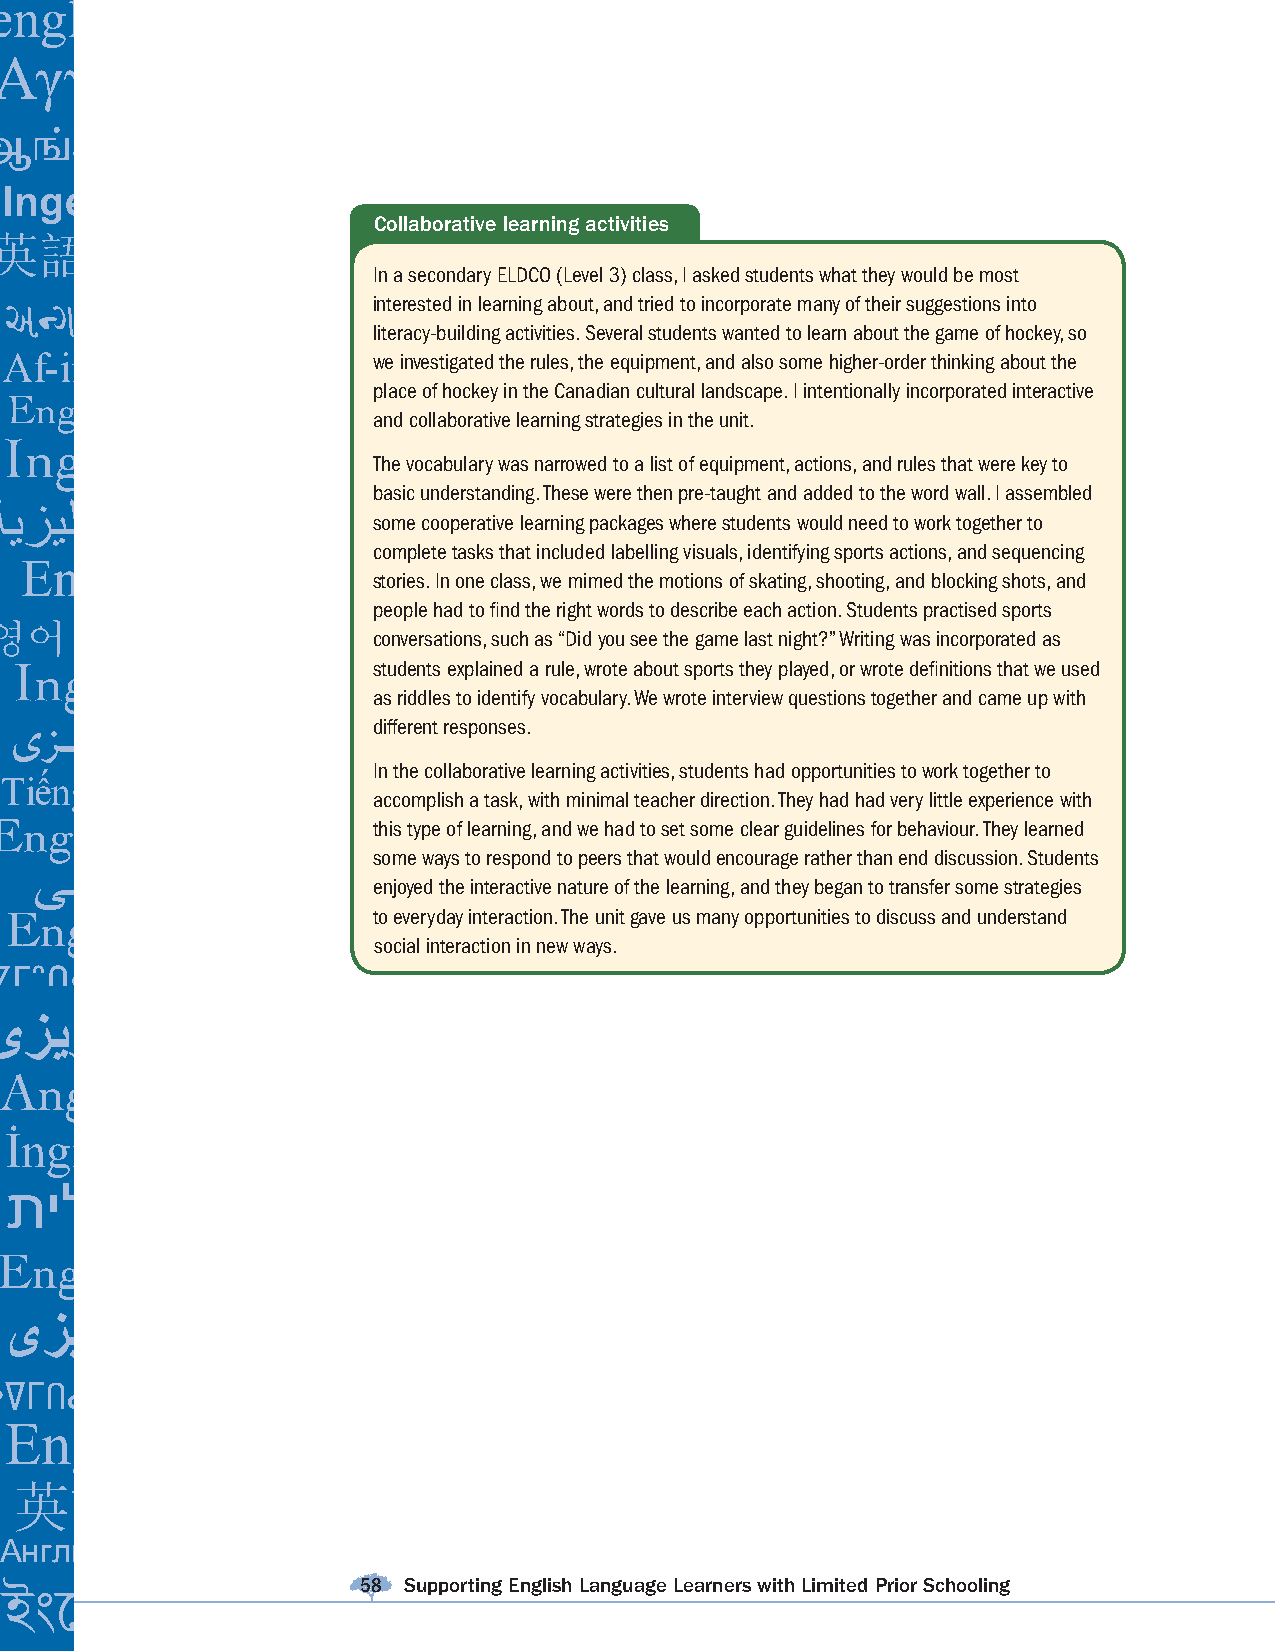
Collaborative learning activities
 In a secondary ELDCO (Level 3) class, I asked students what they would be most
 interested in learning about, and tried to incorporate many of their suggestions into
 literacy-building activities. Several students wanted to learn about the game of hockey, so
 we investigated the rules, the equipment, and also some higher-order thinking about the
 place of hockey in the Canadian cultural landscape. I intentionally incorporated interactive
 and collaborative learning strategies in the unit.
 The vocabulary was narrowed to a list of equipment, actions, and rules that were key to
 basic understanding. These were then pre-taught and added to the word wall. I assembled
 some cooperative learning packages where students would need to work together to
 complete tasks that included labelling visuals, identifying sports actions, and sequencing
 stories. In one class, we mimed the motions of skating, shooting, and blocking shots, and
 people had to fi nd the right words to describe each action. Students practised sports
 conversations, such as “Did you see the game last night?” Writing was incorporated as
 students explained a rule, wrote about sports they played, or wrote defi nitions that we used
 as riddles to identify vocabulary. We wrote interview questions together and came up with
 different responses.
 In the collaborative learning activities, students had opportunities to work together to
 accomplish a task, with minimal teacher direction. They had had very little experience with
 this type of learning, and we had to set some clear guidelines for behaviour. They learned
 some ways to respond to peers that would encourage rather than end discussion. Students
 enjoyed the interactive nature of the learning, and they began to transfer some strategies
 to everyday interaction. The unit gave us many opportunities to discuss and understand
 social interaction in new ways.
 58 Supporting English Language Learners with Limited Prior Schooling